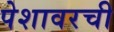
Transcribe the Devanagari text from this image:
पेशावरची